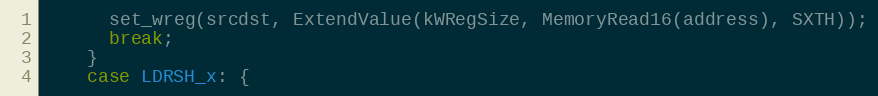
Language: C++
      set_wreg(srcdst, ExtendValue(kWRegSize, MemoryRead16(address), SXTH));
      break;
    }
    case LDRSH_x: {